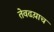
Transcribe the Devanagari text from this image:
तेवढय़ाच